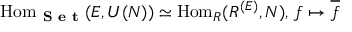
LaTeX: \operatorname { H o m } _ { \textbf { S e t } } ( E , U ( N ) ) \simeq \operatorname { H o m } _ { R } ( R ^ { ( E ) } , N ) , \, f \mapsto { \overline { { f } } }